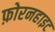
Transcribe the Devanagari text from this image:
फ़ोरनहाइट